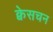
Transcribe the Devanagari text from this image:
क्वेसचन